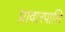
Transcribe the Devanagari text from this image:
प्रावारपालि